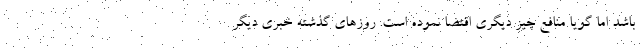
باشد اما گویا منافع چیز دیگری اقتضا نموده است. روزهای گذشته خبری دیگر